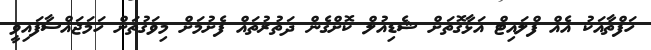
ހަފްތާއަކު އެއް ފްލައިޓް އަޅާގޮތަށް ޝެޑިއުލް ކޮށްގެން ދަތުރުތައް ފެށުމަށް މިވަގުތަށް ހަމަޖައްސާފައިވީ